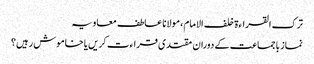
ترک القراءۃ خلف الامام، مولانا عاطف معاویہ
نماز باجماعت کے دوران مقتدی قراءت کریں یا خاموش رہیں؟